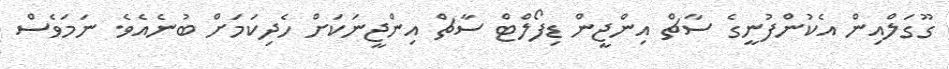
ގޫގަލްއިން އެކުންފުނީގެ ސާޗް އިންޖީން ޑިފޯލްޓް ސާޗް އިންޖީނަކަށް ހެދިކަމަށް ބުނެއެވެ. ނަމަވެސް